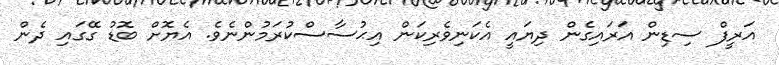
އަރީފް ސިޑިން އަރައިގެން ދިޔައީ އެކަނިވެރިކަން އިޙުސާސްކުރަމުންނެވެ. އެޔޮށް ބޮޑު ގޭގައި ދެން